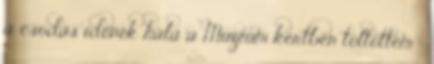
a csodás időnek hála a Múzeum kertben töltöttem :